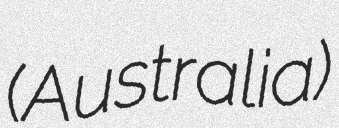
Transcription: (Australia)